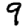
Digit: 9